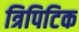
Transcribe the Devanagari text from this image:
त्रिपिटिक